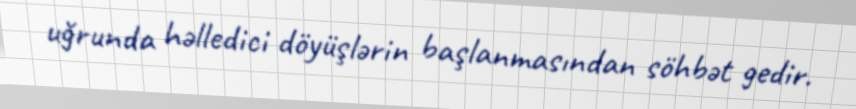
uğrunda həlledici döyüşlərin başlanmasından söhbət gedir.